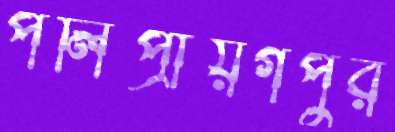
পলিপ্রায়গপুর